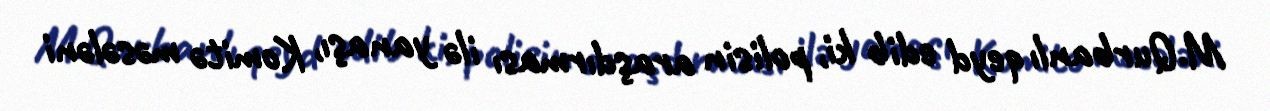
M.Qurbanlı qeyd edib ki, polisin araşdırması ilə yanaşı, Komitə məsələni